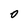
Character: O